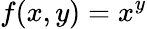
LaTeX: f(x,y)=x^{y}